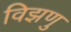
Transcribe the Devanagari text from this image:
विझणु